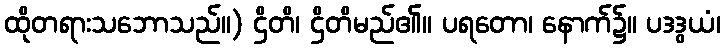
ထိုတရားသဘောသည်။) ဌိတိ၊ ဌိတိမည်၏။ ပရတော၊ နောက်၌။ ပဒဒွယံ၊